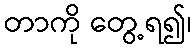
တာကို တွေ့ရ၍၊